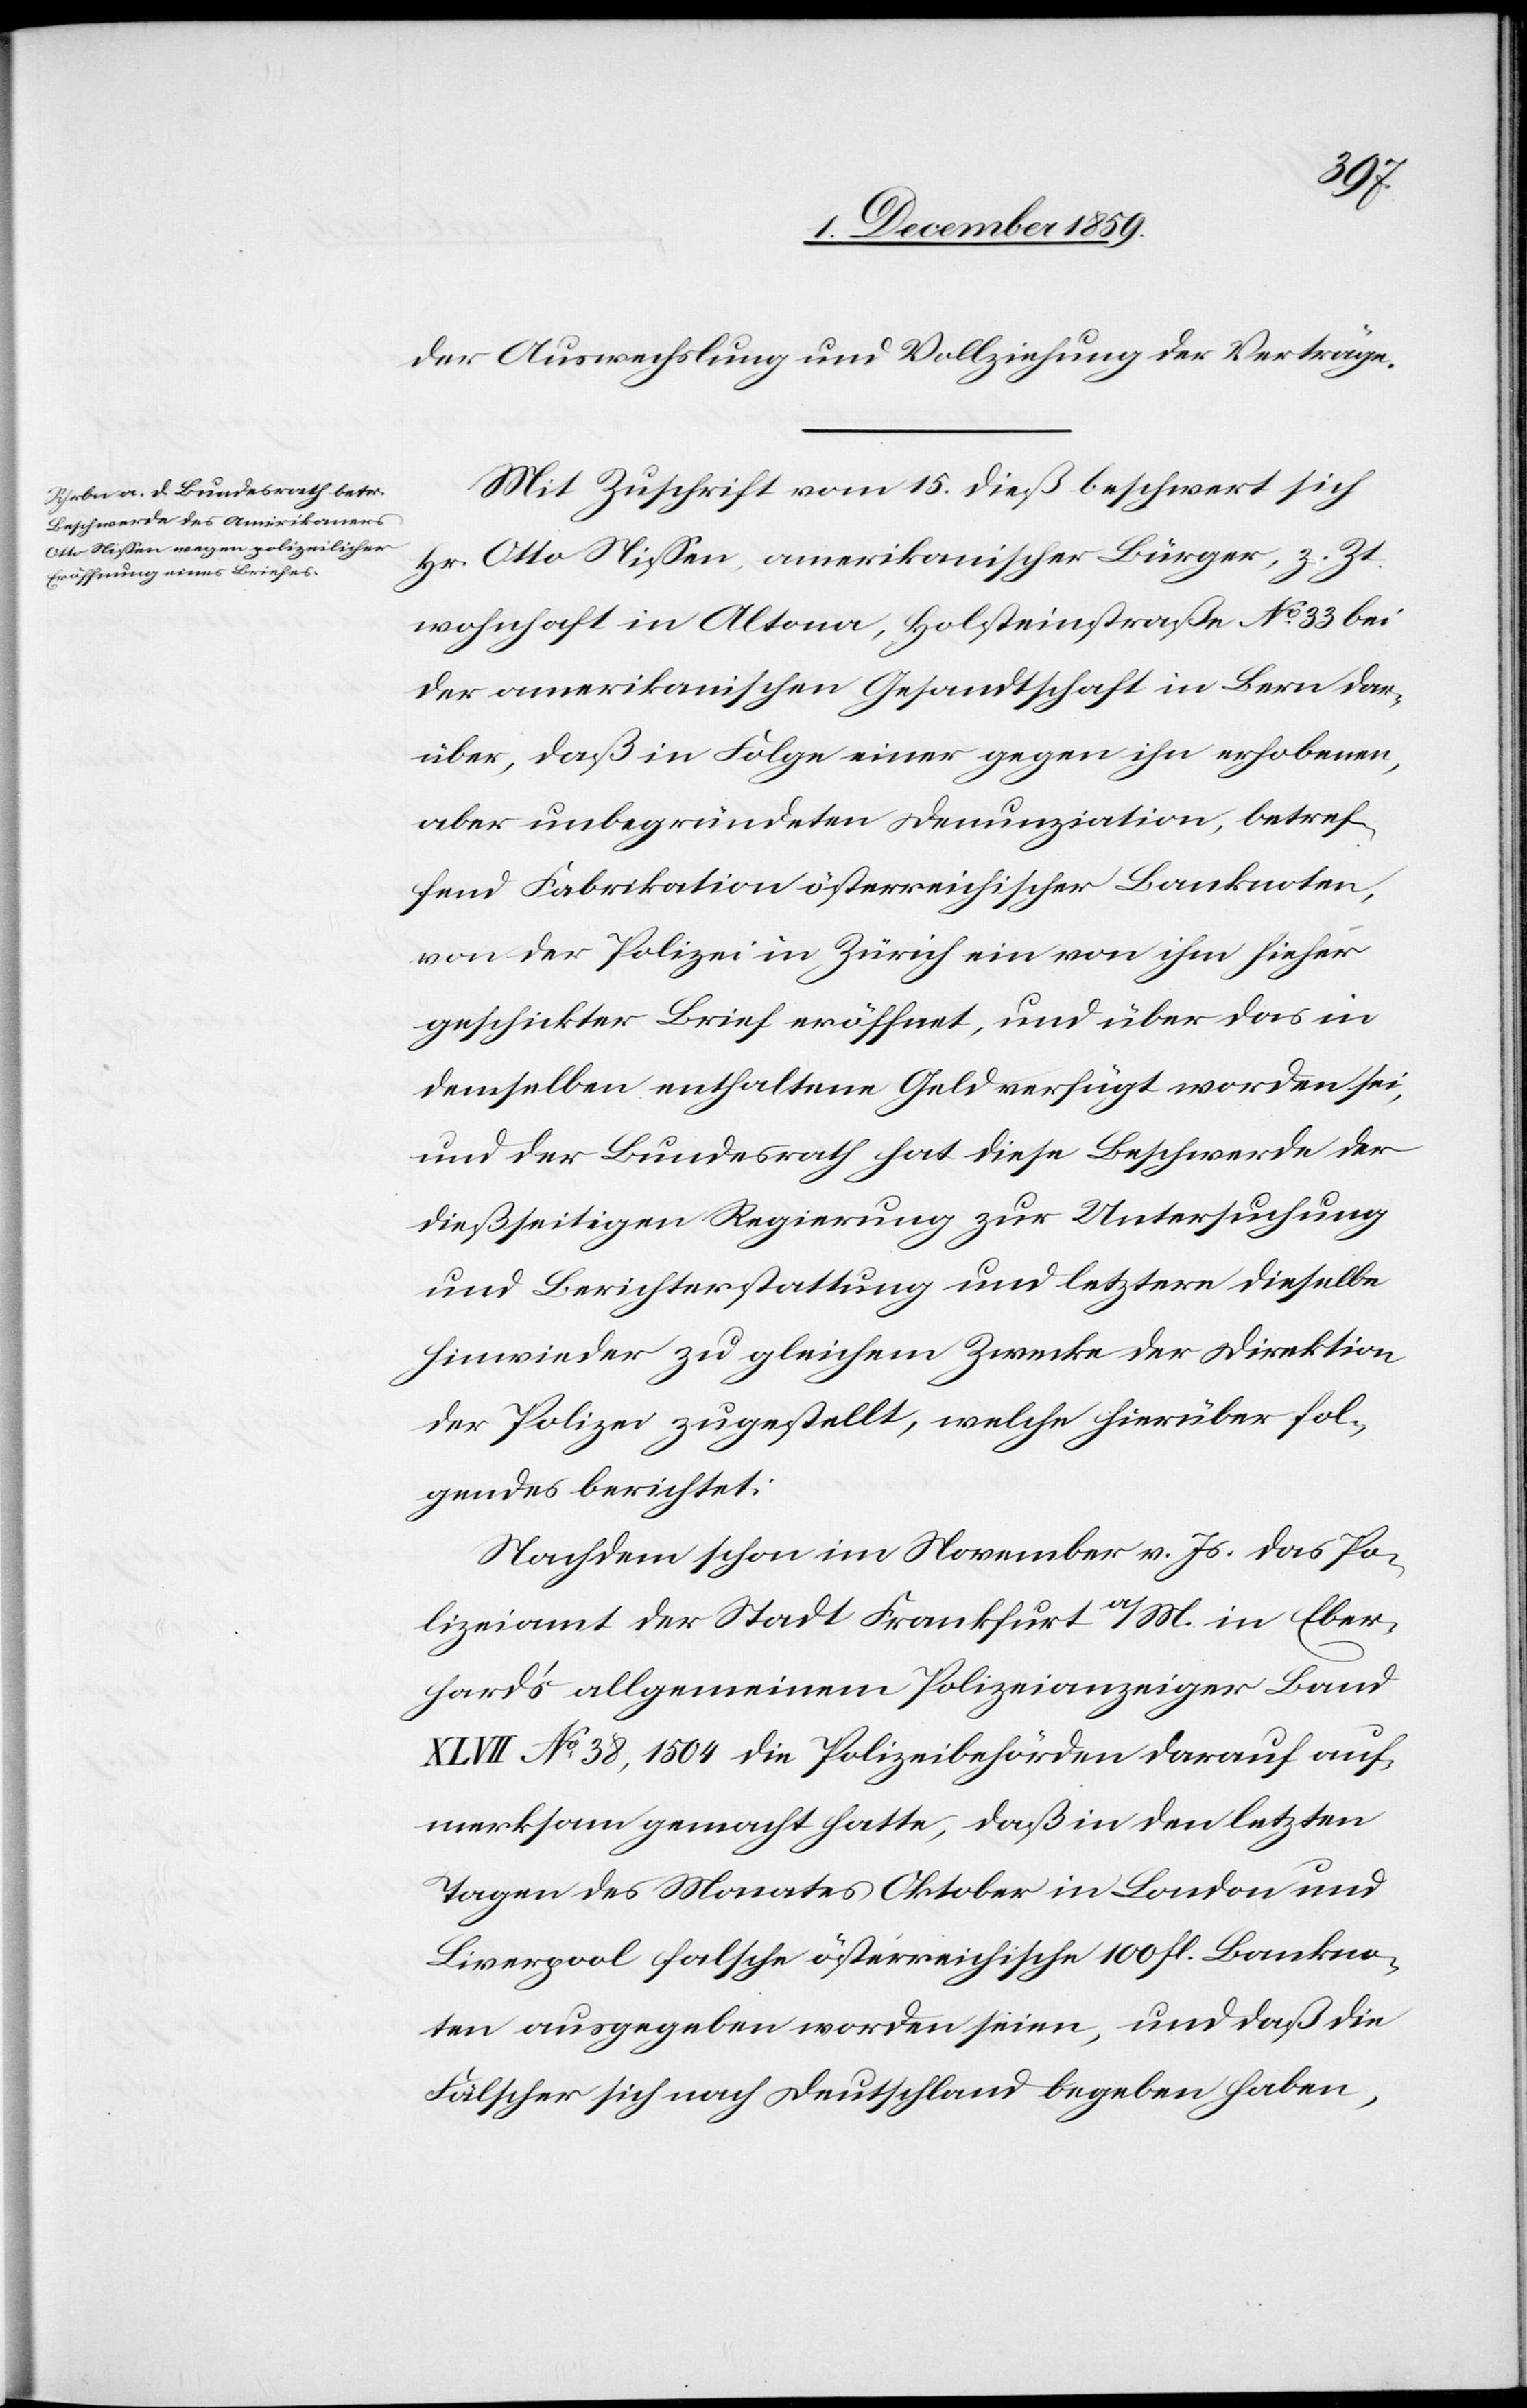
der Auswechslung und Vollziehung der Verträge.
Mit Zuschrift vom 15. dieß beschwert sich
Hr. Otto Niessen, amerikanischer Bürger, z. Zt.
wohnhaft in Altona, Holsteinstraße No 33 bei
der amerikanischen Gesandtschaft in Bern dar¬
über, daß in Folge einer gegen ihn erhobenen,
aber unbegründeten Denunziation, betref¬
fend Fabrikation österreichischer Banknoten,
von der Polizei in Zürich ein von ihm hierher
geschickter Brief eröffnet, und über das in
demselben enthaltene Geld verfügt worden sei,
und der Bundesrath hat diese Beschwerde der
dießseitigen Regierung zur Untersuchung
und Berichterstattung und letztere dieselbe
hinwieder zu gleichem Zwecke der Direktion
der Polizei zugestellt, welche hierüber fol¬
gendes berichtet:
Nachdem schon in November v. Js. das Po¬
lizeiamt der Stadt Frankfurt a/M. in Eber¬
hard’s allgemeinem Polizeianzeiger Band
XLVII No 38, 1504 die Polizeibehörden darauf auf¬
merksam gemacht hatte, daß in den letzten
Tagen des Monates Oktober in London und
Liverpool falsche österreichische 100 fl. Bankno¬
ten ausgegeben worden seien, und daß die
Fälscher sich nach Deutschland begeben haben,